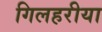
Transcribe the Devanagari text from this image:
गिलहरीया